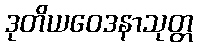
ဒုတိယဝေဒနာသုတ္တ